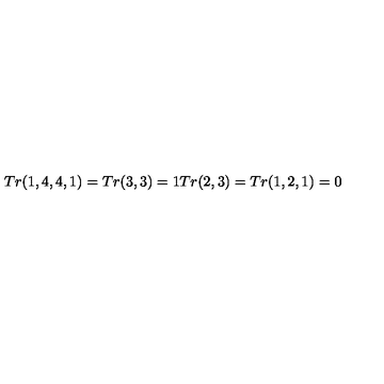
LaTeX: T r ( 1 , 4 , 4 , 1 ) = T r ( 3 , 3 ) = 1 T r ( 2 , 3 ) = T r ( 1 , 2 , 1 ) = 0